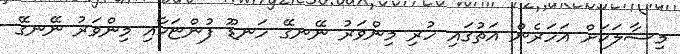
މިސާލަކަށް އަހަރެން އަތުގައި ހުރި މިންވަރު ނޭނގޭ ހަނޑޫ ފުންޏަކާއި މިންވަރު ނޭނގޭ